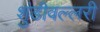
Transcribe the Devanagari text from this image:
शुंडीवल्लरी